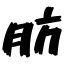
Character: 肪